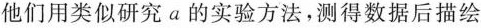
他们用类似研究a的实验方法，测得数据后描绘